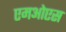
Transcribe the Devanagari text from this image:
एमओएस